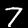
Label: 7